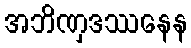
အဘိဏှဒဿနေန